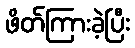
ဖိတ်ကြားခဲ့ပြီး